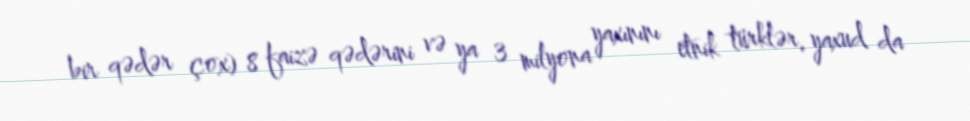
bir qədər çox) 8 faizə qədərini və ya 3 milyona yaxınını etnik türklər, yaxud da